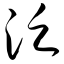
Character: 泛